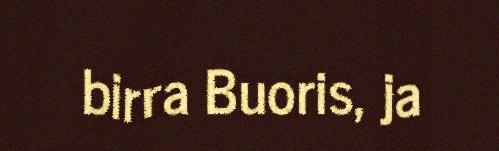
birra Buoris, ja